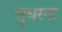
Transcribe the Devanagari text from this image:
सुधरना